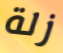
زلة